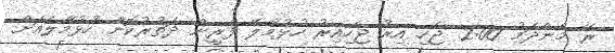
ރޭ މެންދަމު 2:00 ޖެހި އިރު ޖެހިއިރު ހުޅުމާލޭ ފެރީން ދަތުރުކޮށް ހުޅުމާލެއަށް